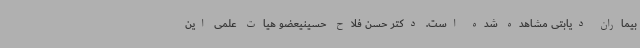
بیماران دیابتی مشاهده شده است. دکتر حسن فلاح حسینیعضو هیات علمی این